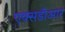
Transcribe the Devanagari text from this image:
एक्सडीआर